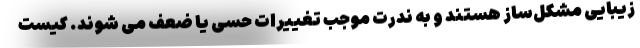
زیبایی مشکل‌ساز هستند و به ندرت موجب تغییرات حسی یا ضعف می شوند. کیست